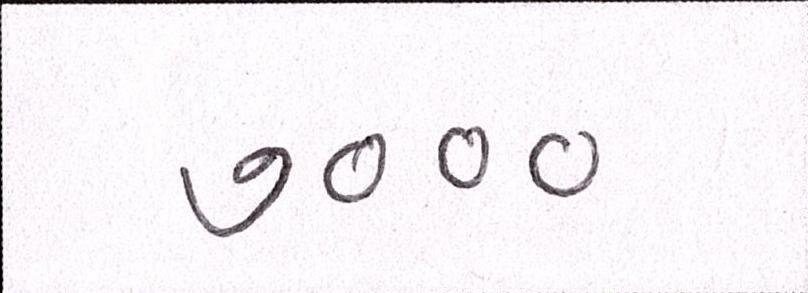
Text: ૭૦૦૦